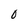
Character: 0